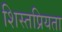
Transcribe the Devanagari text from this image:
शिस्तप्रियता